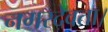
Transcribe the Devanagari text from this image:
नगरदेवता।